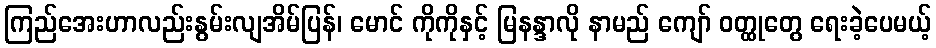
ကြည်အေးဟာလည်းနွမ်းလျအိမ်ပြန်၊ မောင် ကိုကိုနှင့် မြနန္ဒာလို နာမည် ကျော် ဝတ္ထုတွေ ရေးခဲ့ပေမယ့်